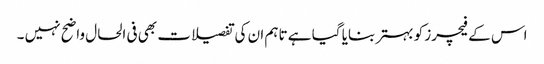
اس کے فیچرز کو بہتر بنایا گیا ہے تاہم ان کی تفصیلات بھی فی الحال واضح نہیں ۔